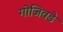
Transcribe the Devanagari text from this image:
गोजिवडे